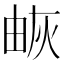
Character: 𤉕